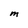
Character: M